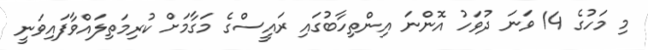
މި މަހުގެ 14 ވަނަ ދުވަހު އޮންނަ އިންތިހާބުގައި ރައީސްގެ މަގާމަށް ކުރިމަތިލައްވާފައިވަނީ